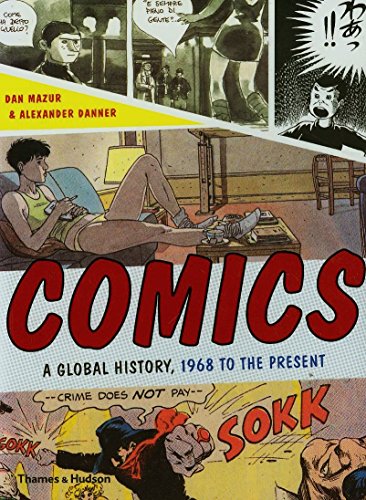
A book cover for Comics: A Global History, 1968 to the Present; Dan Mazur; Comics & Graphic Novels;